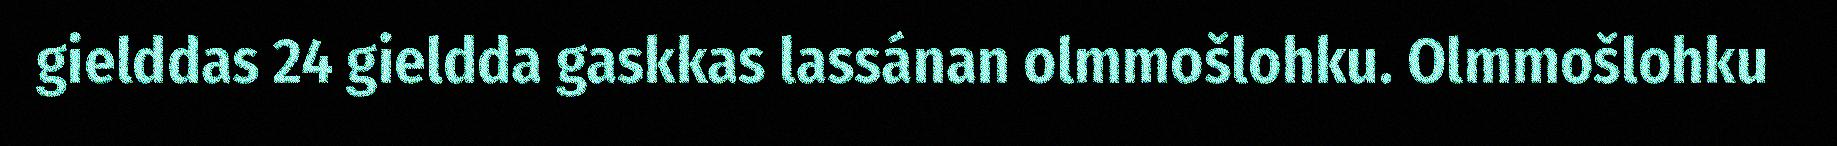
gielddas 24 gieldda gaskkas lassánan olmmošlohku. Olmmošlohku